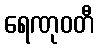
ရေဏုဝတီ